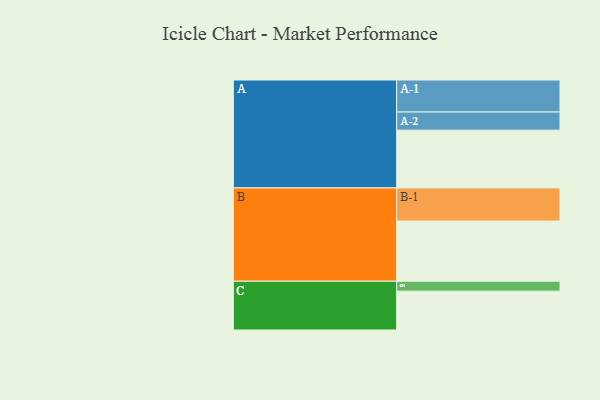
{"axis": {"x": "Segment", "y": "Value"}, "legend": ["", "A", "B", "C"], "data": [{"x": "A", "y": 507, "type": ""}, {"x": "B", "y": 528, "type": ""}, {"x": "C", "y": 341, "type": ""}, {"x": "A-1", "y": 281, "type": "A"}, {"x": "A-2", "y": 159, "type": "A"}, {"x": "B-1", "y": 291, "type": "B"}, {"x": "C-1", "y": 87, "type": "C"}]}